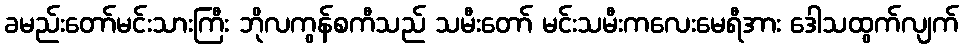
ခမည်းတော်မင်းသားကြီး ဘိုလကွန်စကီသည် သမီးတော် မင်းသမီးကလေးမေရီအား ဒေါသထွက်လျက်